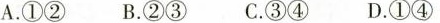
A.①② B.②③ C.③④ D.①④